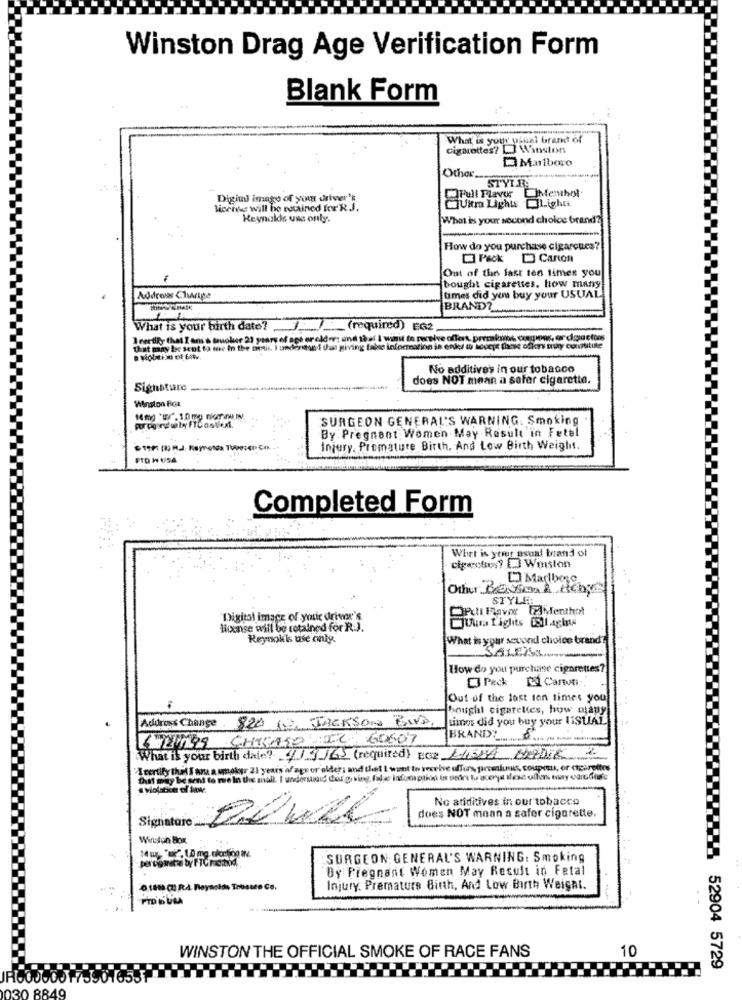
Winston Drag Age Verification Form
Blank Form
What is your ofuni brand of
Cigarettes? ) Winston
Marlboro
Other ___
STYLE
QPull Player DIMenthol
Digiti imago of your driver's
license will be routined for R.J.
Keynaldr uss only.
What is your second choice brand ?!
How do you purchase cigarcues?
Pack Carton
Out of the fast ten times you
bought cigarettes, How many
Address Change
times did you buy your USUAL
BRAND?
What is your birth date?
(required) EG2
1 rectify that I ans & toucher 23 years of act or
that may be sent to me In the
No additives in our tobacco
does NOT mean a sefer cigarette.
Signature
Winston Fica
SURGEON GENERAL'S WARNING. Smoking
By Pregnant Women May Result in Fetel
Injury, Premature Birth, And Low Birth Weight.
Completed Form
What is yorer asual brand of
cipeotros? E Winston
Marlboro
Other Baviera Richy
STYLE:
DPchi Flavor telMenthot
"Digital Image of your driver's
House will be retained for R.J.
Wwa Lights Lagt
Reynokis use only.
What is your second choice brand?
How do you purchase cigarettes?
Peck El Cantoni
Out-of the lost ten times you
bought cigarettes, how many
timos did you buy your liSUAL
Address Change
820 12, JACKSON Five
CHICAGO EL GOBOY
BRANDY _.....
What is your birth date? (/9/65 (required) ECZ LASSE Hubie
I certify thet I are a smoker 21 years of age or older; and that I want to receive offirs, parconfuses, coupes, or ctpersites
Oui may be sent to mein the mall. I underund del p ving, fale ladooption in ondre tu averye Ifesz offen way e
No atiditives in our tobacco
Signature ....
does NOT mean a safer cigarette
Winston Box
percigarette by
SURGEON GENERAL'S WARNING: Smoking
By Pregnant Women May Result in Fetal
ota (7) RA Reynolds Tobeste Co.
Injury. Premature Birth, And Low Birth Weight.
WINSTON THE OFFICIAL SMOKE OF RACE FANS
10
52904 5729